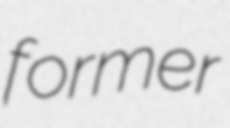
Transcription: former